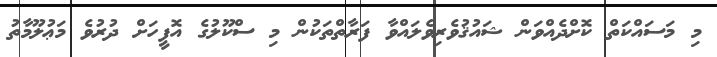
މި މަސައްކަތް ކޮށްދެއްވަން ޝައުޤުވެރިވެލައްވާ ފަރާތްތަކުން މި ސްކޫލުގެ އޮފީހަށް ދުރުވެ މަޢުލޫމާތު